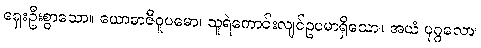
ရှေးဦးစွာသော။ ယောဓာဇီဝူပမော၊ သူရဲကောင်းလျင်ဥပမာရှိသော။ အယံ ပုဂ္ဂလော၊